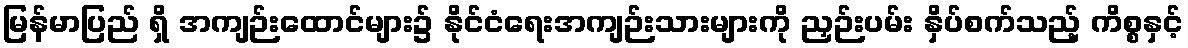
မြန်မာပြည် ရှိ အကျဉ်းထောင်များ၌ နိုင်ငံရေးအကျဉ်းသားများကို ညှဉ်းပမ်း နှိပ်စက်သည့် ကိစ္စနှင့်